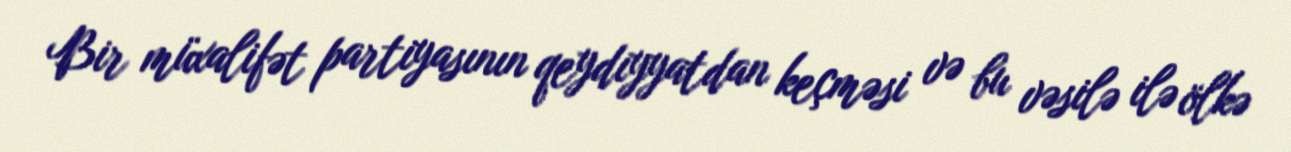
Bir müxalifət partiyasının qeydiyyatdan keçməsi və bu vəsilə ilə ölkə